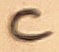
Text: C